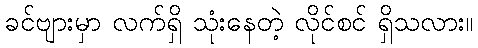
ခင်ဗျားမှာ လက်ရှိ သုံးနေတဲ့ လိုင်စင် ရှိသလား။